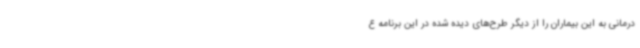
درمانی به این بیماران را از دیگر طرح‌های دیده شده در این برنامه ع